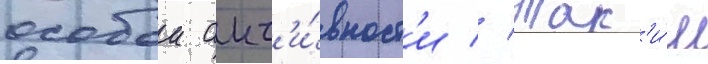
особои акт'и́вност'и // Так'и́м